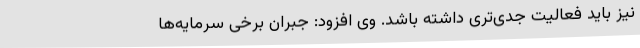
نیز باید فعالیت جدی‌تری داشته باشد. وی افزود: جبران برخی سرمایه‌ها